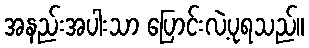
အနည်းအပါးသာ ပြောင်းလဲ့ပုရသည်။